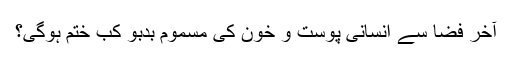
آخر فضا سے انسانی پوست و خون کی مسموم بدبو کب ختم ہوگی؟